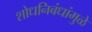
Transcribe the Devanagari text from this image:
शोधनिबंधांमुळे